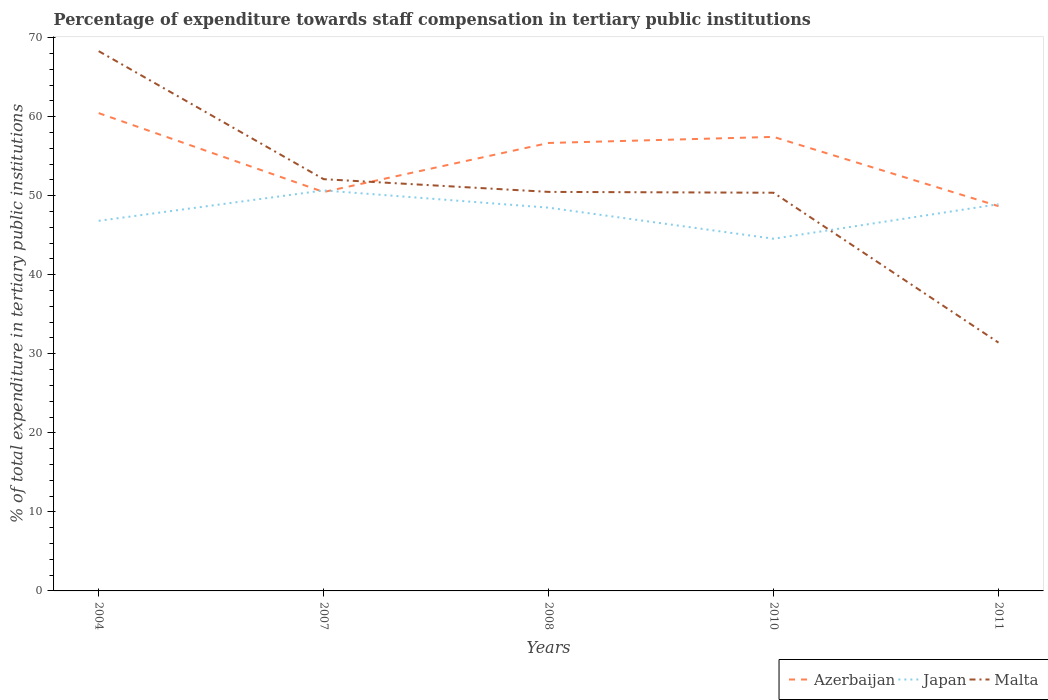
| Years | Azerbaijan | Japan | Malta |
 | --- | --- | --- | --- |
 | 2004 | 60.4 | 46.8 | 68.3 |
 | 2007 | 50.5 | 50.7 | 52.1 |
 | 2008 | 56.7 | 48.5 | 50.5 |
 | 2010 | 57.4 | 44.6 | 50.4 |
 | 2011 | 48.7 | 48.9 | 31.4 |